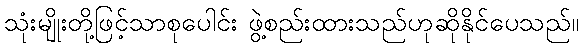
သုံးမျိုးတို့ဖြင့်သာစုပေါင်း ဖွဲ့စည်းထားသည်ဟုဆိုနိုင်ပေသည်။